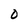
Character: 0